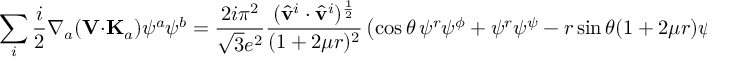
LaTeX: \sum _ { i } \frac { i } { 2 } \nabla _ { a } ( { \bf V } \cdot { \bf K } _ { a } ) \psi ^ { a } \psi ^ { b } = \frac { 2 i \pi ^ { 2 } } { \sqrt { 3 } e ^ { 2 } } \frac { ( \hat { \bf v } ^ { i } \cdot \hat { \bf v } ^ { i } ) ^ { \frac { 1 } { 2 } } } { ( 1 + 2 \mu r ) ^ { 2 } } \left( \cos \theta \, \psi ^ { r } \psi ^ { \phi } + \psi ^ { r } \psi ^ { \psi } - r \sin \theta ( 1 + 2 \mu r ) \psi ^ { \theta } \psi ^ { \phi } \right)